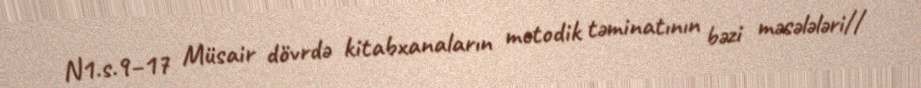
N1.s.9–17 Müsair dövrdə kitabxanaların metodik təminatının bəzi məsələləri//